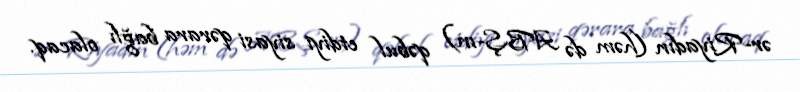
ər-Riyadın (həm də ABŞ-ın) qəbul etdiyi siyasi qərara bağlı olacaq.